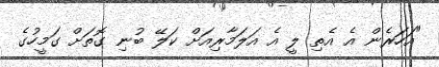
"އަހަރެން އެ އެތި ލީ އެ އަލަމާރިއަށް ކަލޭ ބުނި ގޮތަށް ގަމީހުގެ